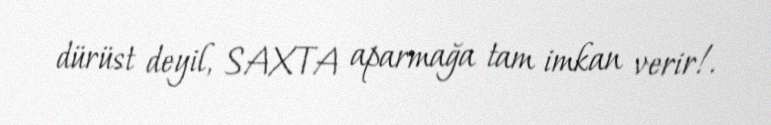
dürüst deyil, SAXTA aparmağa tam imkan verir!.